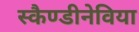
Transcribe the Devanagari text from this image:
स्कैण्डीनेविया